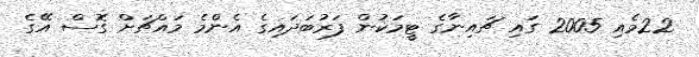
22މެއި 2005 ގައި ޗައިނާގެ ޓީމަކުން ފަރުބަދައިގެ އެންމެ މައްޗަށް ގޮސް އޭގެ